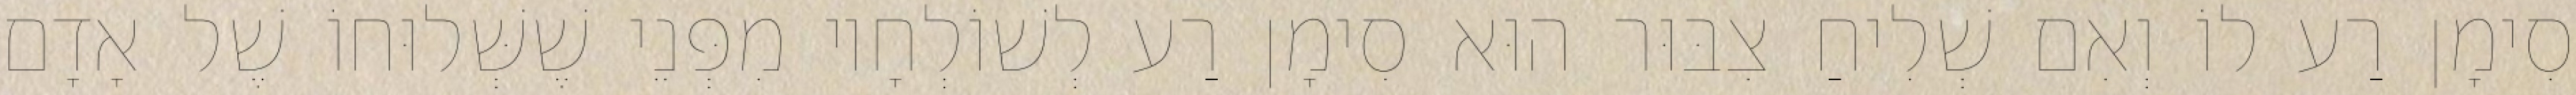
סִימָן רַע לוֹ וְאִם שְׁלִיחַ צִבּוּר הוּא סִימָן רַע לְשׁוֹלְחָיו מִפְּנֵי שֶׁשְּׁלוּחוֹ שֶׁל אָדָם